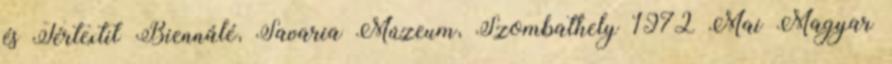
és Tértextil Biennálé, Savaria Múzeum, Szombathely 1972 Mai Magyar